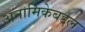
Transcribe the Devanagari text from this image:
अनामिकेबद्दल